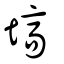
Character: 塙